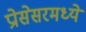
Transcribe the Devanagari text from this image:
प्रोसेसरमध्ये